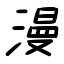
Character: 漫